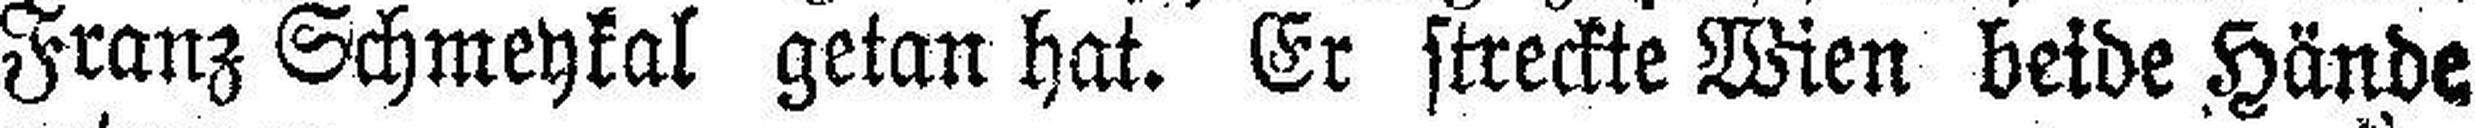
Franz Schmeykal getan hat. Er streckte Wien beide Hände